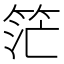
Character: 𥭎